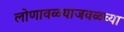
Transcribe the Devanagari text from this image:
लोणावळ्याजवळच्या